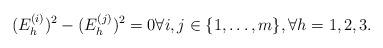
LaTeX: \begin{align*}(E^{(i)}_h)^2- (E^{(j)}_h)^2 =0 \forall i,j \in \{1,\ldots,m\}, \forall h=1,2,3.\end{align*}